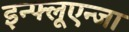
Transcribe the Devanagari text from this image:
इन्फ्लूएन्जा